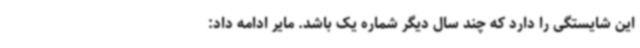
این شایستگی را دارد که چند سال دیگر شماره یک باشد. مایر ادامه داد: